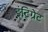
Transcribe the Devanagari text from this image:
इंटिग्रेट